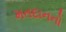
મતદાનનો